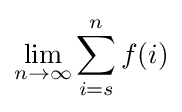
\lim _{n\to \infty }\sum _{i=s}^{n}f(i)